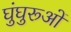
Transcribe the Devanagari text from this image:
घुंघुरूओं